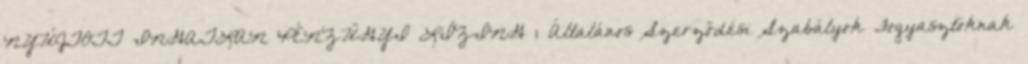
NYÚJTOTT INGATLAN PÉNZÜGYI LÍZING 1 Általános Szerződési Szabályok Fogyasztóknak